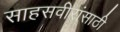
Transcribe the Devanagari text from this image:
साहसवीरांसाठी